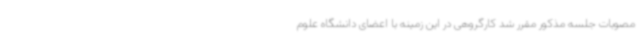
مصوبات جلسه مذکور مقرر شد کارگروهی در این زمینه با اعضای دانشگاه علوم